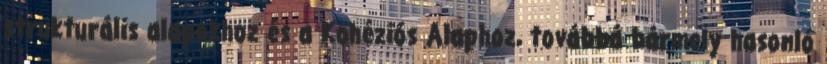
strukturális alapokhoz és a Kohéziós Alaphoz, továbbá bármely hasonló